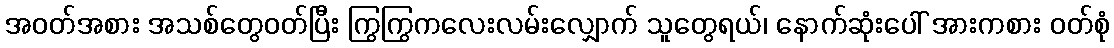
အဝတ်အစား အသစ်တွေဝတ်ပြီး ကြွကြွကလေးလမ်းလျှောက် သူတွေရယ်၊ နောက်ဆုံးပေါ် အားကစား ဝတ်စုံ